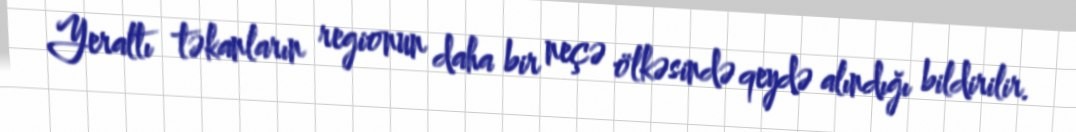
Yeraltı təkanların regionun daha bir neçə ölkəsində qeydə alındığı bildirilir.